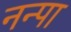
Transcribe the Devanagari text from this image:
नन्पा